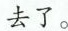
去了.